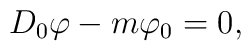
D_{0}\varphi -m\varphi _{0}=0,